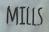
MILLS